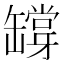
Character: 𦉘